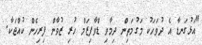
"އަޅުގަނޑާ އެ ދުވަހަކު މަގުމަތިން ދިމާވި ޑްވާފިޒަމް ހުރި ޒުވާން ފިރިހެން ކުއްޖަކާ.